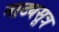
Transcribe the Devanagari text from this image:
नाट्यसूत्र